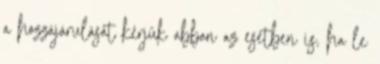
a hozzájárulását kérjük abban az esetben is, ha le